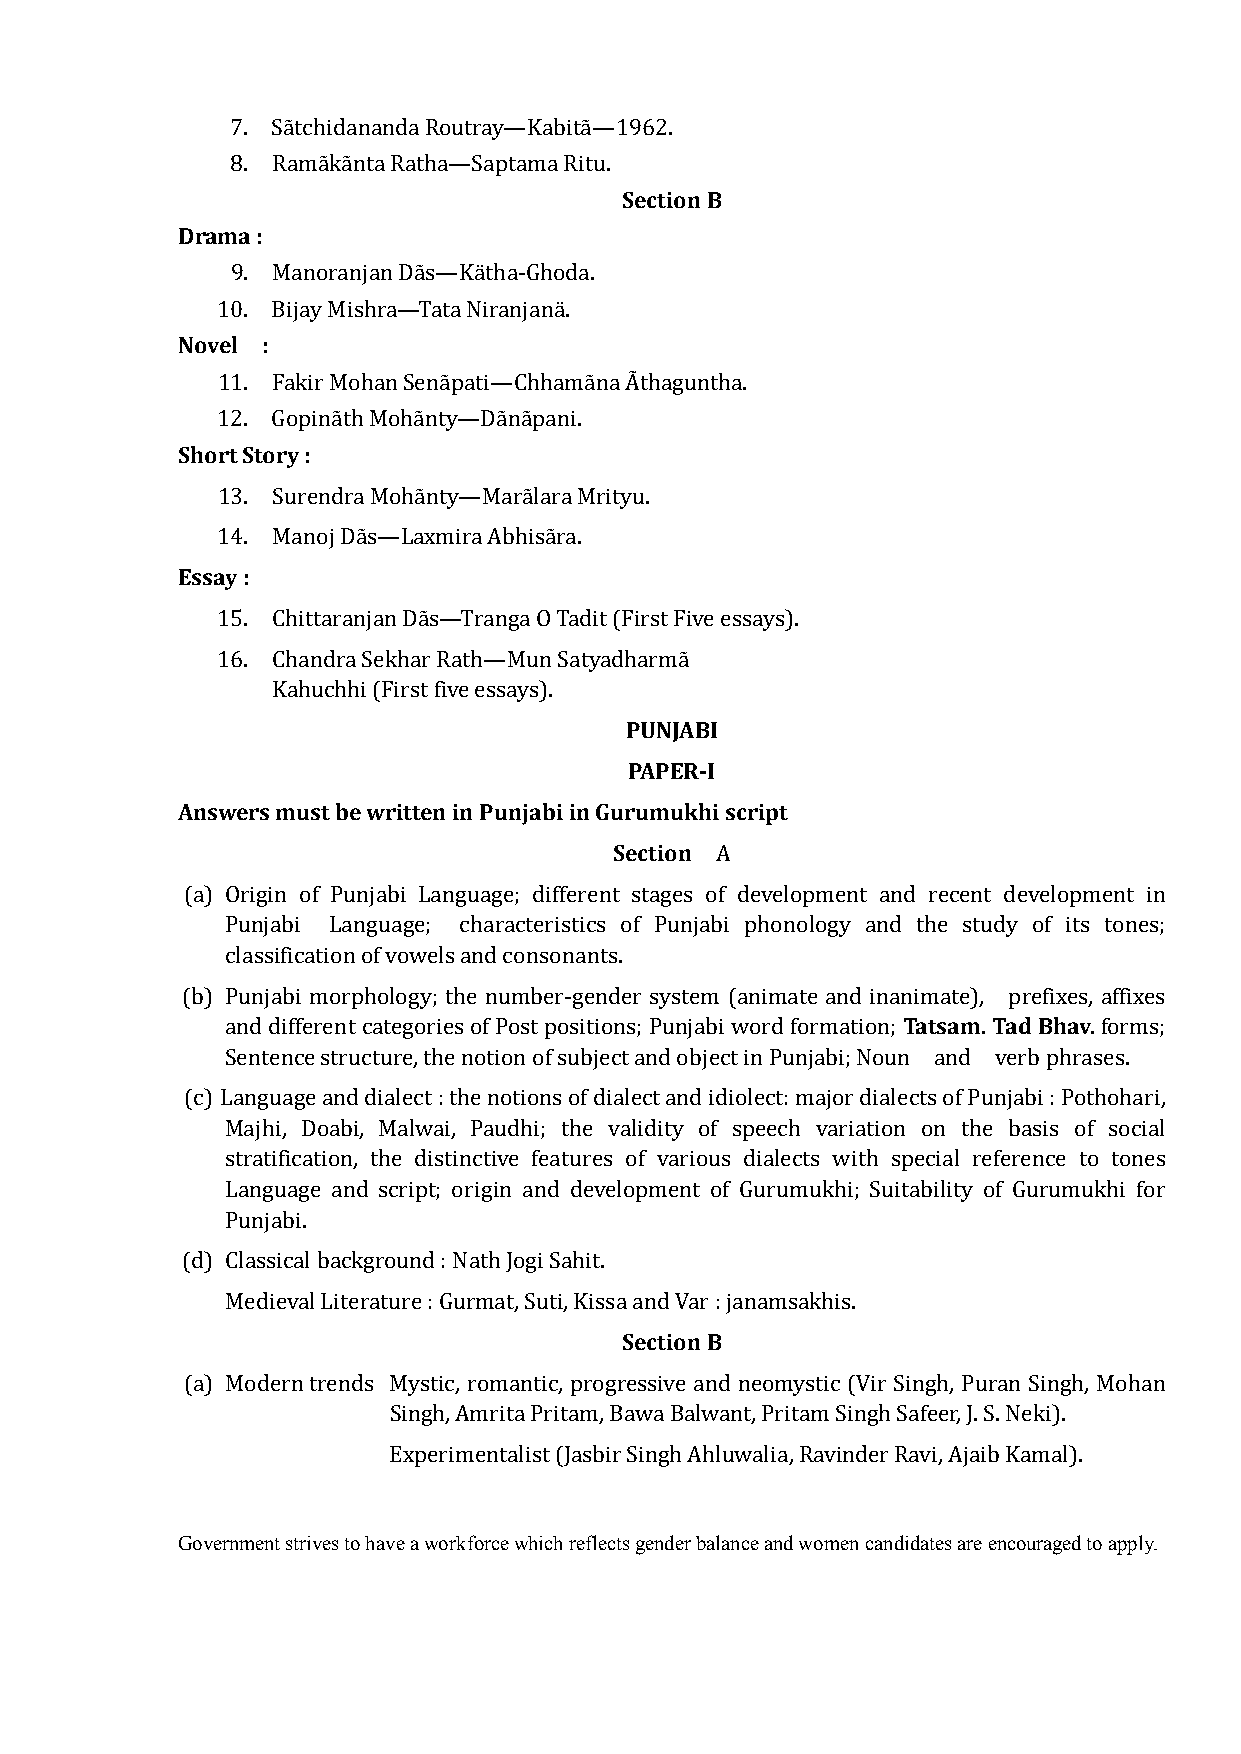
7. Sãtchidananda Routray—Kabitã—1962.
 Section B
 8. Ramãkãnta Ratha—Saptama Ritu.
 Drama :
 9. Manoranjan Dãs—Kätha-Ghoda.
 Novel :
 10. Bijay Mishra—Tata Niranjanä.
 11. Fakir Mohan Senãpati—Chhamãna Ãthaguntha.
 Short Story :
 12. Gopinãth Mohãnty—Dãnãpani.
 13. Surendra Mohãnty—Marãlara Mrityu.
 Essay :
 14. Manoj Dãs—Laxmira Abhisãra.
 15. Chittaranjan Dãs—Tranga O Tadit (First Five essays).
 16. Chandra Sekhar Rath—Mun Satyadharmã
 PUNJABI
 Kahuchhi (First five essays).
 PAPER-I
 Answers must be written in Punjabi in Gurumukhi script
 Section
 A
 (a) Origin of Punjabi Language; different stages of development and recent development in
 Punjabi Language; characteristics of Punjabi phonology and the study of its tones;
 classification of vowels and consonants.
 Tatsam. Tad Bhav.
 (b) Punjabi morphology; the number-gender system (animate and inanimate), prefixes, affixes
 and different categories of Post positions; Punjabi word formation; forms;
 Sentence structure, the notion of subject and object in Punjabi; Noun and verb phrases.
 (c) Language and dialect : the notions of dialect and idiolect: major dialects of Punjabi : Pothohari,
 Majhi, Doabi, Malwai, Paudhi; the validity of speech variation on the basis of social
 stratification, the distinctive features of various dialects with special reference to tones
 Language and script; origin and development of Gurumukhi; Suitability of Gurumukhi for
 Punjabi.
 (d) Classical background : Nath Jogi Sahit.
 Section B
 Medieval Literature : Gurmat, Suti, Kissa and Var : janamsakhis.
 (a) Modern trends Mystic, romantic, progressive and neomystic (Vir Singh, Puran Singh, Mohan
 Singh, Amrita Pritam, Bawa Balwant, Pritam Singh Safeer, J. S. Neki).
 Experimentalist (Jasbir Singh Ahluwalia, Ravinder Ravi, Ajaib Kamal).
 Government strives to have a workforce which reflects gender balance and women candidates are encouraged to apply.